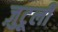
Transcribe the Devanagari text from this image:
ज़ुटूली